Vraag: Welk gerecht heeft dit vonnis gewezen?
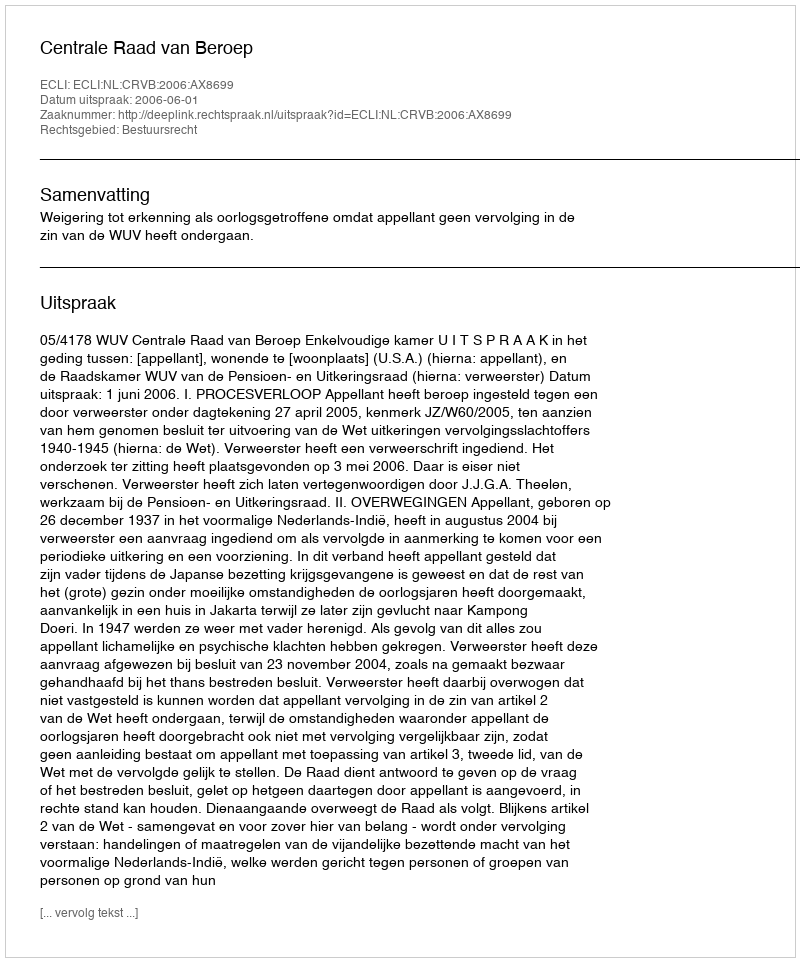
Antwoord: Centrale Raad van Beroep